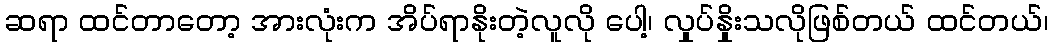
ဆရာ ထင်တာတော့ အားလုံးက အိပ်ရာနိုးတဲ့လူလို ပေါ့၊ လှုပ်နှိုးသလိုဖြစ်တယ် ထင်တယ်၊